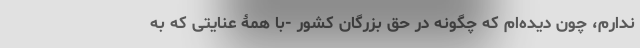
ندارم، چون دیده‌ام که چگونه در حق بزرگان کشور -با همۀ عنایتی که به